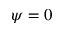
\psi = 0